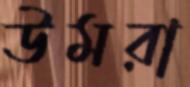
উমরা